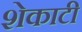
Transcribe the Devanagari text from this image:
शेकाटी